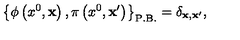
\left\{ \phi \left( x ^ { 0 } , { \bf x } \right) , \pi \left( x ^ { 0 } , { \bf x ^ { \prime } } \right) \right\} _ { \mathrm { P . B . } } = \delta _ { { \bf x } , { \bf x ^ { \prime } } } ,